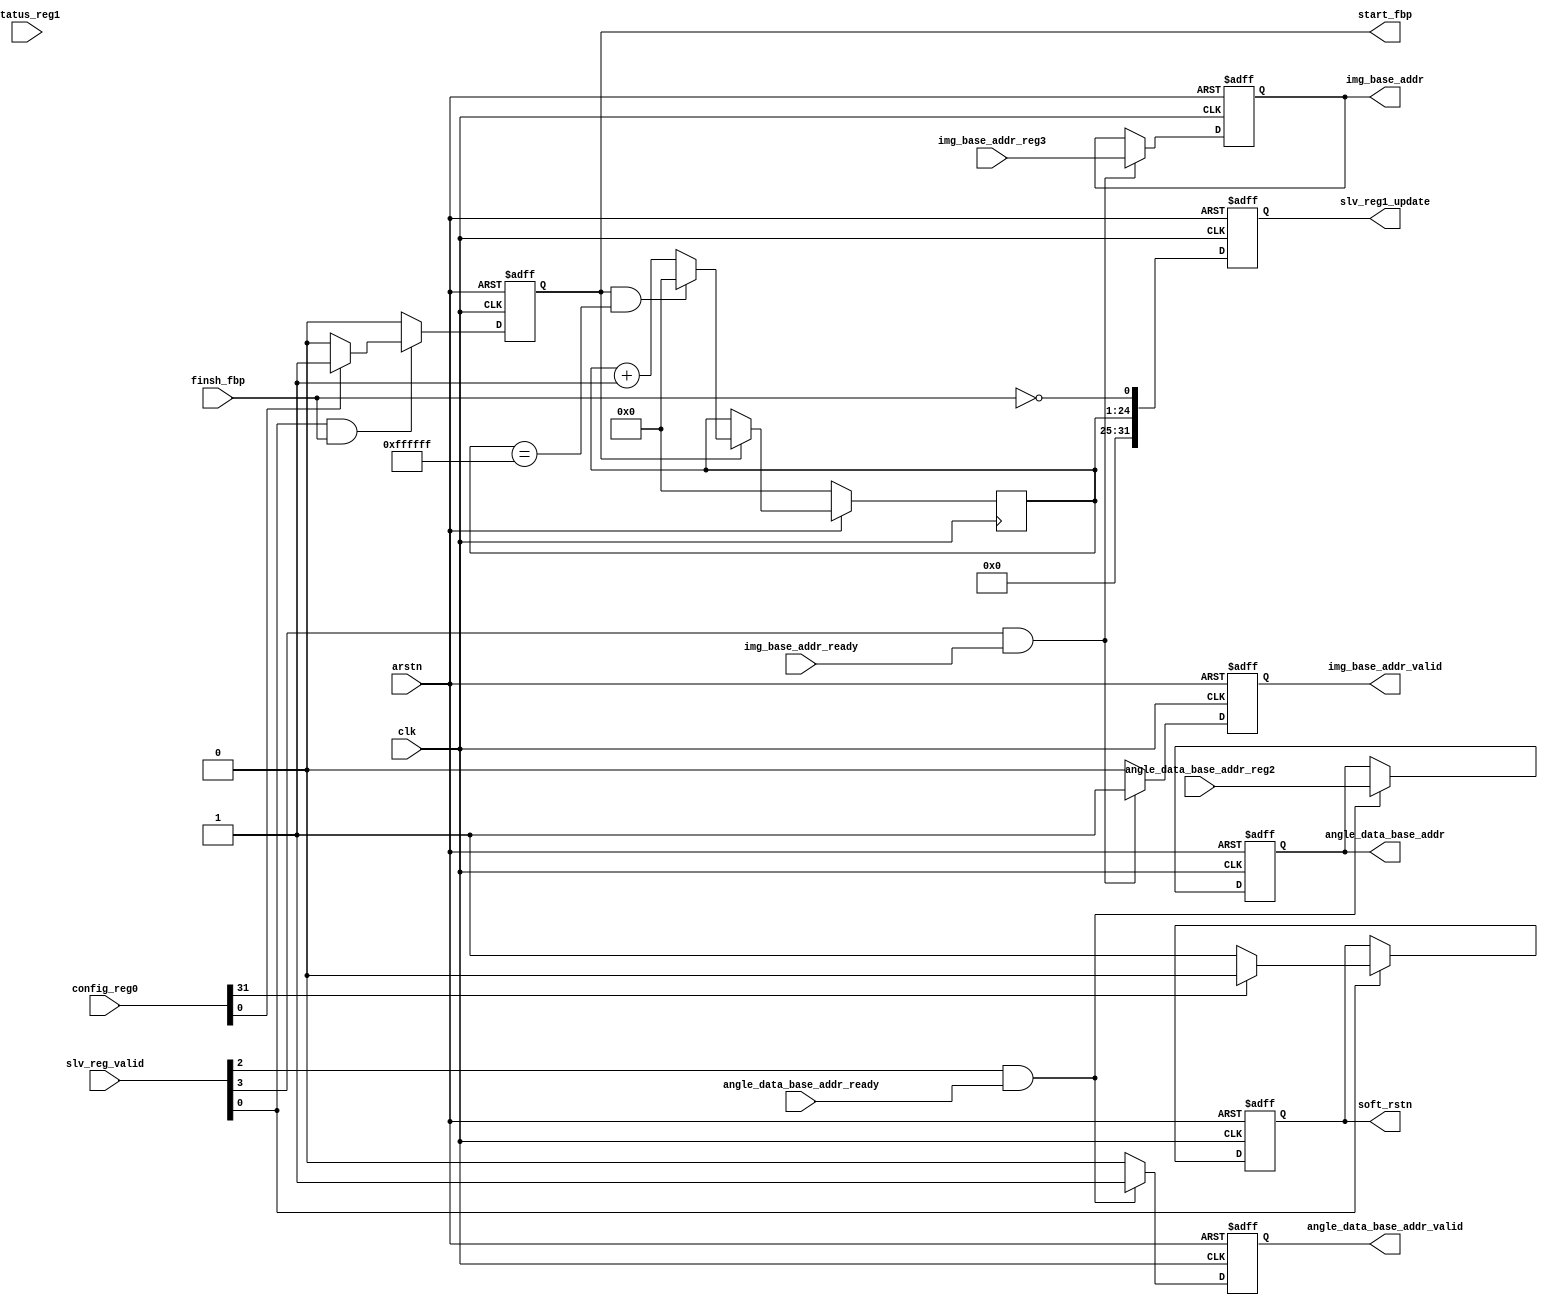
module configurator #(
        parameter integer C_S_AXI_DATA_WIDTH    = 32,
        parameter  C_M_TARGET_SLAVE_BASE_ADDR   = 32'h60000000
    ) 
    (
        input clk,    // Clock
        input arstn,  // Asynchronous reset active low

        output reg  start_fbp,
        input wire  finsh_fbp,
        output reg soft_rstn,

        //
        output reg angle_data_base_addr_valid,
        input wire angle_data_base_addr_ready,
        output reg [C_S_AXI_DATA_WIDTH-1:0] angle_data_base_addr,
        //
        output reg img_base_addr_valid,
        input wire img_base_addr_ready,
        output reg [C_S_AXI_DATA_WIDTH-1:0] img_base_addr,

        //AXI_LITE
        input wire  [3:0]                      slv_reg_valid,
        input wire [C_S_AXI_DATA_WIDTH-1:0]    config_reg0,
        input wire [C_S_AXI_DATA_WIDTH-1:0]    status_reg1,
        input wire [C_S_AXI_DATA_WIDTH-1:0]    angle_data_base_addr_reg2,
        input wire [C_S_AXI_DATA_WIDTH-1:0]    img_base_addr_reg3,

        output reg  [C_S_AXI_DATA_WIDTH-1:0]    slv_reg1_update
);
    //
    always @(posedge clk or negedge arstn) begin
        if(~arstn) begin
            angle_data_base_addr <= C_M_TARGET_SLAVE_BASE_ADDR;
            angle_data_base_addr_valid <= 1'b0;
        end 
        else if(slv_reg_valid[2] && angle_data_base_addr_ready) begin
            angle_data_base_addr <= angle_data_base_addr_reg2;
            angle_data_base_addr_valid <= 1'b1;
        end
        else begin
            angle_data_base_addr <= angle_data_base_addr;
            angle_data_base_addr_valid <= 1'b0;
        end
    end

    //
    always @(posedge clk or negedge arstn) begin
        if(~arstn) begin
            img_base_addr <= C_M_TARGET_SLAVE_BASE_ADDR;
            img_base_addr_valid <= 1'b0;
        end 
        else if(slv_reg_valid[3] && img_base_addr_ready) begin
            img_base_addr <= img_base_addr_reg3;
            img_base_addr_valid <= 1'b1;
        end
        else begin
            img_base_addr <= img_base_addr;
            img_base_addr_valid <= 1'b0;
        end
    end

    wire acc_busy;
    assign acc_busy = (~finsh_fbp);

    //
    always @(posedge clk or negedge arstn) begin
        if(~arstn) begin
            start_fbp <= 1'b0;
        end 
        else if(slv_reg_valid[0] && finsh_fbp) begin
            if(config_reg0[0]==1'b1) begin
                start_fbp <= 1'b1;
            end
            else begin
                start_fbp <= 1'b0;
            end
        end
        else begin
            start_fbp <= 1'b0;
        end
    end

    //
    always @(posedge clk or negedge arstn) begin
        if(~arstn) begin
            soft_rstn <= 1'b1;
        end 
        else if(slv_reg_valid[0]) begin
            if(config_reg0[31]==1'b1) begin
                soft_rstn <= 1'b0;
            end
            else begin
                soft_rstn <= 1'b1;
            end
        end
    end

    wire [31:0] slv_reg1_update_r;

    reg [24-1:0] cnt;
    wire add_cnt;
    wire end_cnt;
    always @(posedge clk )begin
        if(~arstn)begin
            cnt <= 0;
        end
        else if(add_cnt)begin
            if(end_cnt)
                cnt <= 0;
            else
                cnt <= cnt + 1;
        end
    end
    
    assign add_cnt = start_fbp;       
    assign end_cnt = add_cnt && cnt == 24'hffffff;

    //
    always @(posedge clk or negedge arstn) begin
        if(~arstn) begin
            slv_reg1_update <= 32'b0000_0000;
        end 
        else begin
            slv_reg1_update <= {{7{1'b0}},cnt, acc_busy};
        end
    end

endmodule